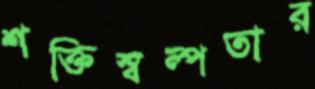
শক্তিস্বল্পতার